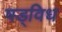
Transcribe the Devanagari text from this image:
षड्विध